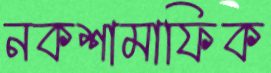
নকশামাফিক